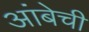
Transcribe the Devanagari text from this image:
आंबेची